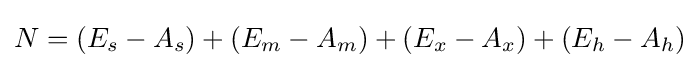
N=(E_{s}-A_{s})+(E_{m}-A_{m})+(E_{x}-A_{x})+(E_{h}-A_{h})